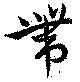
帯